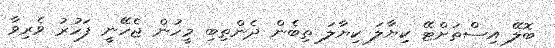
ބޮލޭ އިސްތަށްޓޭ ކިޔާލަ ކިޔާލަ ތިބެން ދެންތިބި މީހުން ޖެހޭނީ ފަހުރު ވެރިވާ